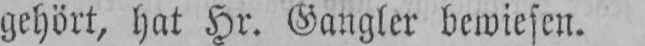
gehört, hat Hr. Gangler bewiesen.